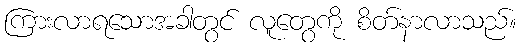
ကြားလာရသောအခါတွင် လူတွေကို စိတ်နာလာသည်။